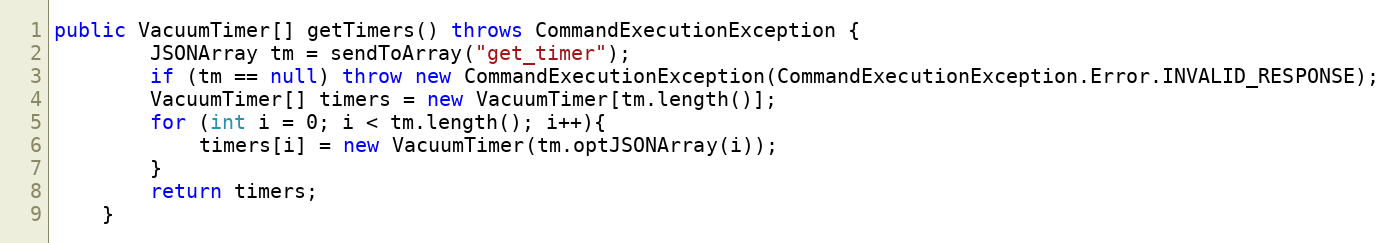
Language: Java
public VacuumTimer[] getTimers() throws CommandExecutionException {
        JSONArray tm = sendToArray("get_timer");
        if (tm == null) throw new CommandExecutionException(CommandExecutionException.Error.INVALID_RESPONSE);
        VacuumTimer[] timers = new VacuumTimer[tm.length()];
        for (int i = 0; i < tm.length(); i++){
            timers[i] = new VacuumTimer(tm.optJSONArray(i));
        }
        return timers;
    }